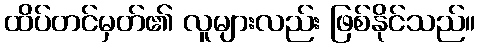
ထိပ်တင်မှတ်၏ လူများလည်း ဖြစ်နိုင်သည်။